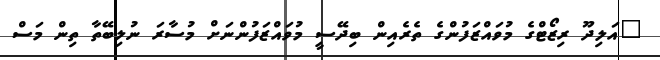
"އަލިދޫ ރިޒޯޓްގެ މުވައްޒަފުންގެ ތެރެއިން ބިދޭސީ މުވައްޒަފުންނަށް މުސާރަ ނުލިބޭތާ ތިން މަސް